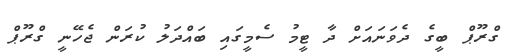
ގްރޫޕް ބީގެ ދެވަނައަށް ދާ ޓީމު ސެމީގައި ބައްދަލު ކުރަން ޖެހޭނީ ގްރޫޕް